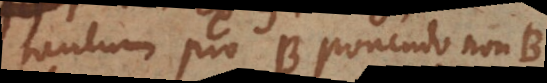
tantum pro B ponendo non‐B